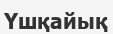
Үшқайық